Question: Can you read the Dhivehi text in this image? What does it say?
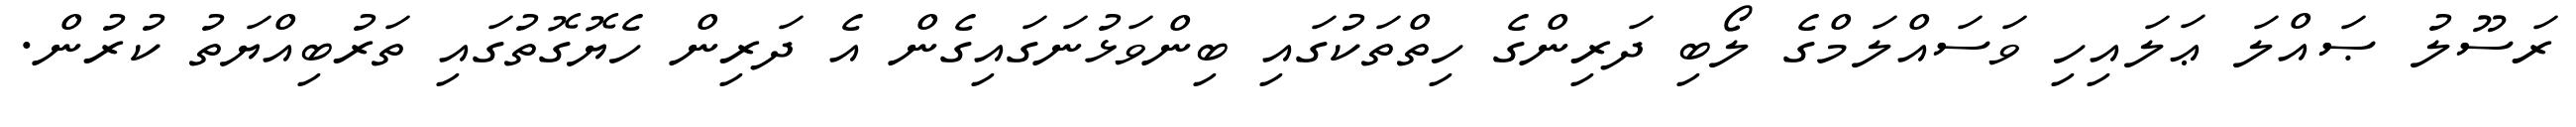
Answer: ރަސޫލު ޞައްލަ ޢަލައިހި ވަސައްލަމްގެ ލޯބި ދަރިންގެ ހިތްތަކުގައި ބިންވަޅުނަގައިގެން އެ ދަރިން ހެޔޮގޮތުގައި ތަރުބިއްޔަތު ކުރުން.